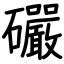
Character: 礹